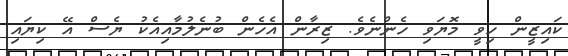
ކައިޒީން ހިވީ މޮޔަވި ހެންނެވެ. ޒިރާން އެހެން ބުނެލުމާއިއެކު ޔެސް އޭ ކިޔައި